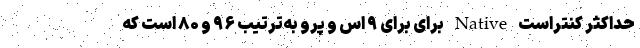
حداکثر کنتراست Native برای برای ۹ اس و پرو به‌ترتیب ۹۶ و ۸۰ است که